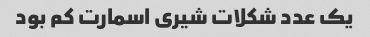
یک عدد شکلات شیری اسمارت کم بود